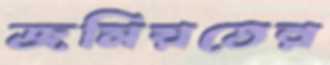
জমিয়তের